Leaving Certificate Examination, 1905
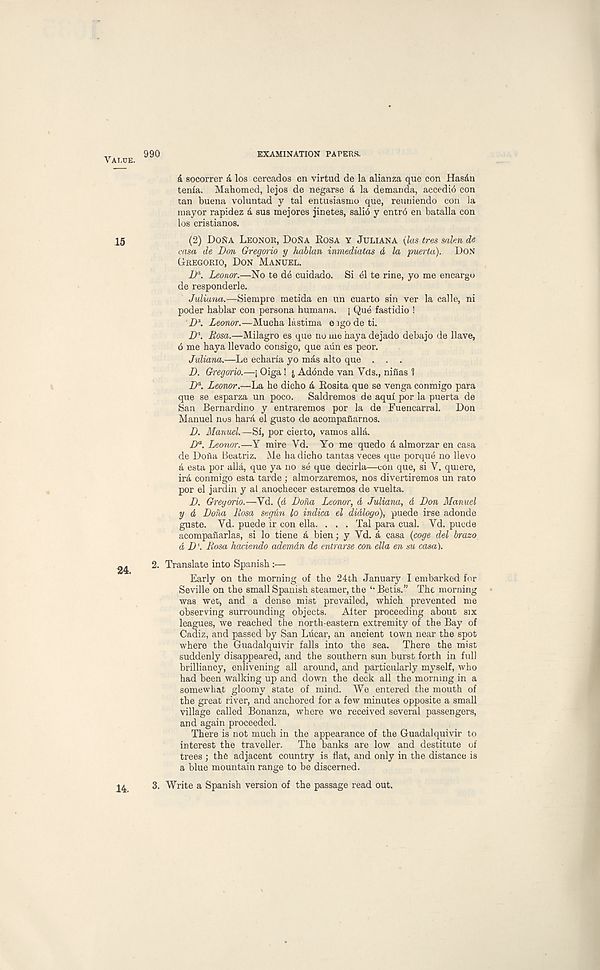
Value. 990
EXAMINATION PAPERS.
& socorrer a los cercados en virtud de la alianza que con Hasdn
tenia. Mahomed, lejos de negarse a la demanda, accedio con
tan buena voluntad y tal entusiasmo que, reuniendo con la
mayor rapidez a sus mejores jinetes, sali6 y entro en batalla con
los cristianos.
15
(2) DoNa Leonor, DoNa Rosa y Juliana (las (res salen de
casa de Don Gregorio y hablan inmediatas d la puerta). Don
Gregorio, Don Manuel.
D a . Leonor.—No te de cuidado. Si el te rine, yo me encargo
de responderle.
Juliana.—Siempre metida en un cuarto sin ver la calle, ni
poder hablar con persona human a. j Que fastidio !
D x . Leonor.—Mucha lastima e igodeti.
D' 1 . Rosa.—Milagro es que no me haya dejado debajo de Have,
6 me haya llevado consigo, que aiin es peor.
Juliana.—Le echaria yo mas alto que . . .
D. Gregorio.—j Oiga! j , Adonde van Yds., ninas ?
D a . Leonor.—La he dicho a Rosita que se venga conmigo para
que se esparza un poco. Saldremos de aqui por la puerta de
San Bernardino y entraremos por la de Fuencarral. Don
Manuel nos hara el gusto de acompafiarnos.
D. Manuel. —Si, por cierto, vamos alia.
D a . Leonor.—Y mire Vd. Yo me quedo a almorzar en casa
de Doiia Beatriz. Me ha dicho tantas veces que porque no llevo
a esta por alia, que ya no se que decirla—con que, si V. quiere,
ird conmigo esta tarde ; almorzaremos, nos divertiremos un rato
por el jardin y al anochecer estaremos de vuelta.
D. Gregorio.—Yd. (d Dona Leonor, d Juliana, d Don Manuel
y d Dona Rosa segun lo indica el didlogo), puede irse adonde
guste. Vd. puede ir con ella. . . . Tal para cual. Yd. puede
acompanarlas, si lo tiene a bien; y Vd. a casa (coge del brazo
a D l . Rosa hacienda ademdn de entrarse con ella en su casa).
2. Translate into Spanish:—
Early on the morning of the 24th January I embarked for
Seville on the small Spanish steamer, the “ Betis.” The morning
was wet, and a dense mist prevailed, which prevented me
observing surrounding objects. Alter proceeding about six
leagues, we reached the north-eastern extremity of the Bay of
Cadiz, and passed by San Lucar, an ancient town near the spot
where the Guadalquivir falls into the sea. There the mist
suddenly disappeared, and the southern sun burst forth in full
brilliancy, enlivening all around, and particularly myself, who
had been walking up and down the deck all the morning in a
somewhat gloomy state of mind. We entered the mouth of
the great river, and anchored for a few minutes opposite a small
village called Bonanza, where we received several passengers,
and again proceeded.
There is not much in the appearance of the Guadalquivir to
interest the traveller. The banks are low and destitute of
trees ; the adjacent country is flat, and only in the distance is
a blue mountain range to be discerned.
3. Write a Spanish version of the passage read out.
14.